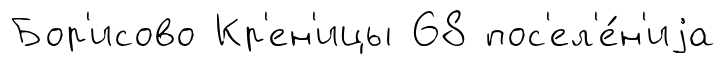
Бор'исово Кр'ен'ицы 68 пос'ел'е́н'иjа